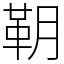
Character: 䩗